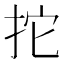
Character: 拕